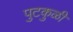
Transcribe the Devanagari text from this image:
पुटकुळी